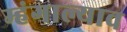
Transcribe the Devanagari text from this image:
म्हंगाल्याव